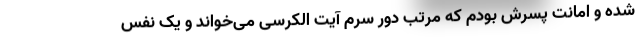
شده و امانت پسرش بودم که مرتب دور سرم آیت الکرسی می‌خواند و یک نفس